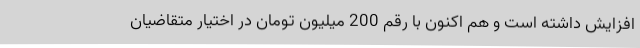
افزایش داشته است و هم اکنون با رقم 200 میلیون تومان در اختیار متقاضیان